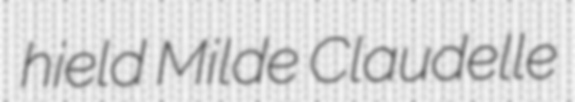
hield Milde Claudelle